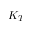
K _ { T }